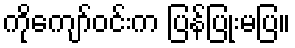
ကိုကျော်ဝင်းက ပြန်ပြုံးမပြ။